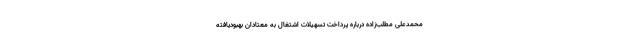
محمدعلی مطلب‌زاده درباره پرداخت تسهیلات اشتغال به معتادان بهبودیافته